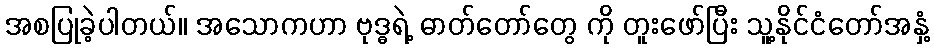
အစပြုခဲ့ပါတယ်။ အသောကဟာ ဗုဒ္ဓရဲ့ ဓာတ်တော်တွေ ကို တူးဖော်ပြီး သူ့နိုင်ငံတော်အနှံ့